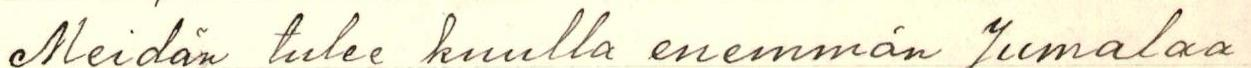
Meidän tulee kuulla enemmän Jumalaa